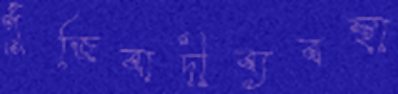
পুঁজিবাদীব্যবস্থা